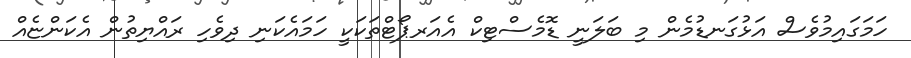
ހަމަގައިމުވެސް އަޅުގަނޑުމެން މި ބަލަނީ ޑޮމެސްޓިކް އެއަރޕޯޓްތަކަކީ ހަމައެކަނި ދިވެހި ރައްޔިތުން އެކަންޏެއް